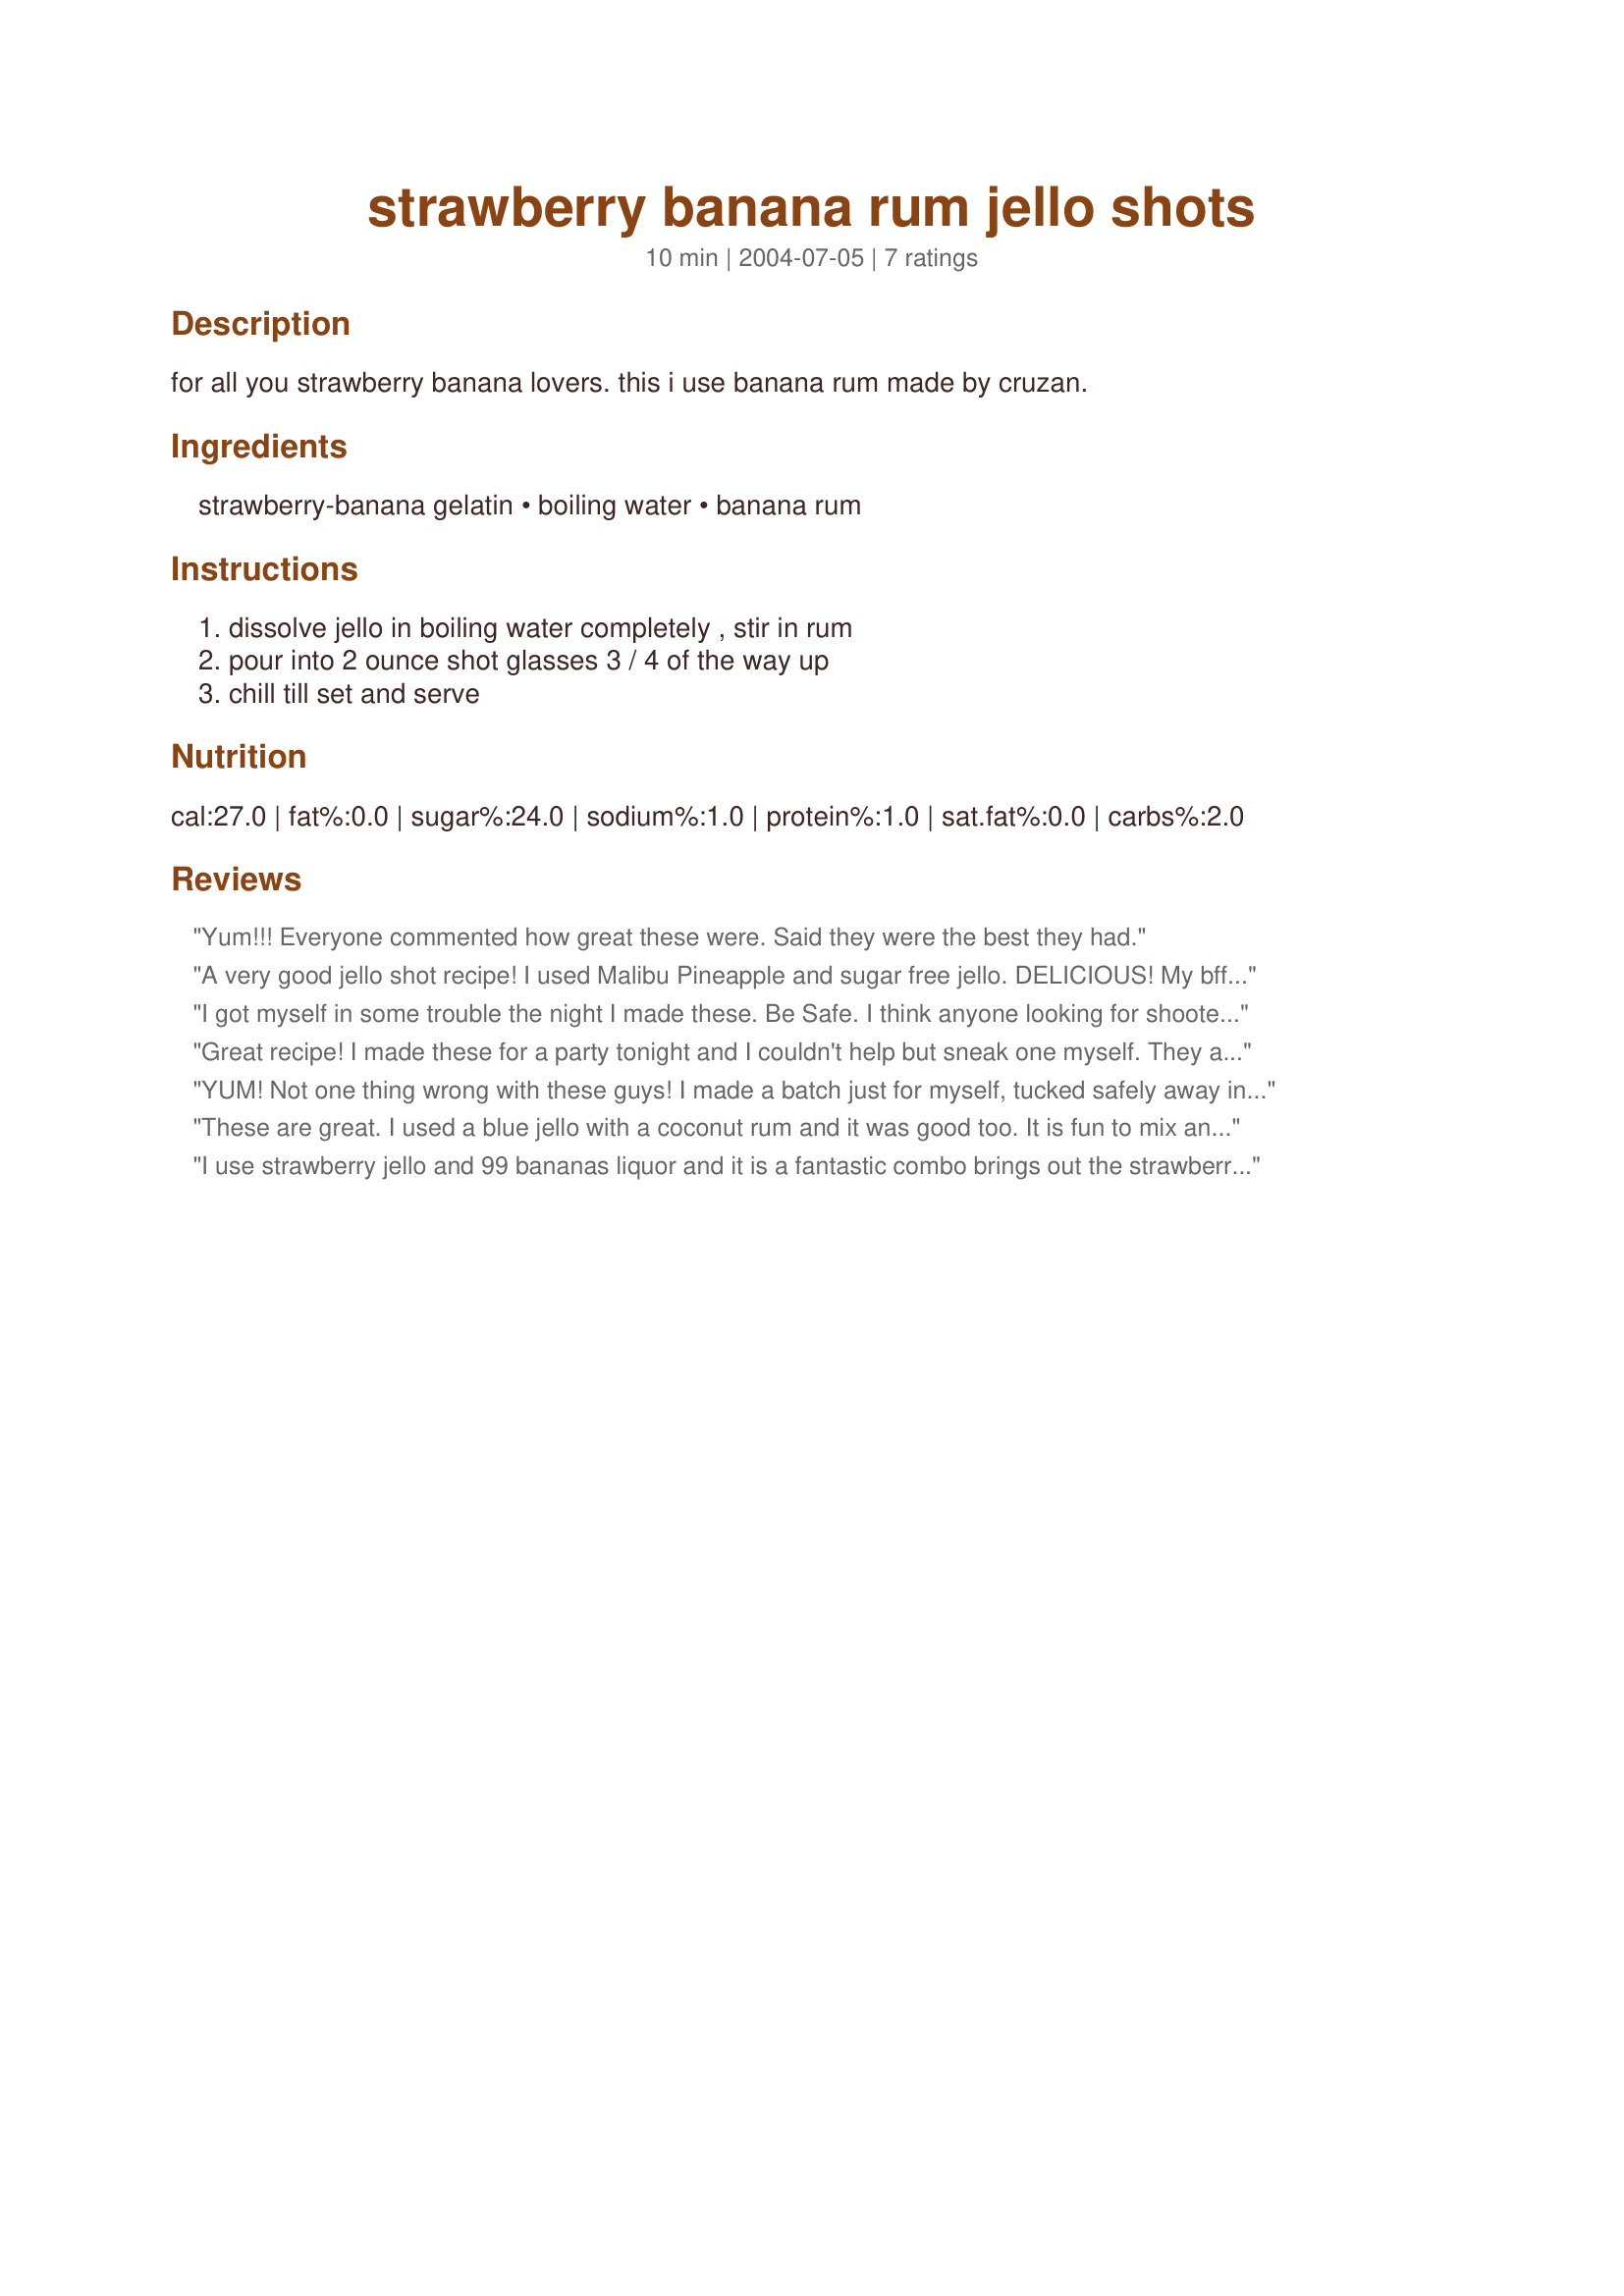
strawberry banana rum jello shots
Preparation time: 10 minutes

for all you strawberry banana lovers. this i use banana rum made by cruzan.

Ingredients:
strawberry-banana gelatin, boiling water, banana rum

Steps:
dissolve jello in boiling water completely , stir in rum, pour into 2 ounce shot glasses 3 / 4 of the way up, chill till set and serve

Reviews:
Yum!!! Everyone commented how great these were. Said they were the best they had.
A very good jello shot recipe! I used Malibu Pineapple and sugar free jello. DELICIOUS! My bff said that these were best jello shots she's ever had. Thanks for paosting.
I got myself in some trouble the night I made these. Be Safe. I think anyone looking for shooters will like these, though.
Great recipe! I made these for a party tonight and I couldn't help but sneak one myself. They are great. Easy too! Thanks!
YUM! Not one thing wrong with these guys! I made a batch just for myself, tucked safely away in my fridge. Plan on having 1 (or 2??) each day after work to, hopefully, improve my after-work attitude :) Thanks for posting this Rita!
These are great. I used a blue jello with a coconut rum and it was good too. It is fun to mix and match flavors! Thanks Rita!
I use strawberry jello and 99 bananas liquor and it is a fantastic combo brings out the strawberry with the the great after taste of the 99 bananas smooth but yet will still have your tore up enjoy kids.....
